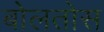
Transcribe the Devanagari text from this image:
बोलतोस